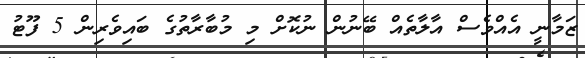
ޒަމާނީ އެއްވެސް އާލާތެއް ބޭނުން ނުކޮށް މި މުބާރާތުގެ ބައިވެރިން 5 ފޫޓު